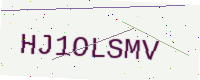
Text: HJ1OLSMV